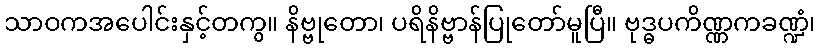
သာဝကအပေါင်းနှင့်တကွ။ နိဗ္ဗုတော၊ ပရိနိဗ္ဗာန်ပြုတော်မူပြီ။ ဗုဒ္ဓပကိဏ္ဏကခဏ္ဍံ၊